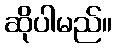
ဆိုပါမည်။